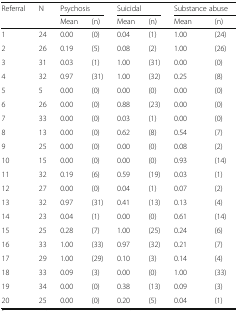
<table><thead><tr><td><b>Referral</b></td><td><b>N</b></td><td colspan="2"><b>Psychosis</b></td><td colspan="2"><b>Suicidal</b></td><td colspan="2"><b>Substance abuse</b></td></tr><tr><td></td><td></td><td><b>Mean</b></td><td><b>(n)</b></td><td><b>Mean</b></td><td><b>(n)</b></td><td><b>Mean</b></td><td><b>(n)</b></td></tr></thead><tbody><tr><td>1</td><td>24</td><td>0.00</td><td>(0)</td><td>0.04</td><td>(1)</td><td>1.00</td><td>(24)</td></tr><tr><td>2</td><td>26</td><td>0.19</td><td>(5)</td><td>0.08</td><td>(2)</td><td>1.00</td><td>(26)</td></tr><tr><td>3</td><td>31</td><td>0.03</td><td>(1)</td><td>1.00</td><td>(31)</td><td>0.00</td><td>(0)</td></tr><tr><td>4</td><td>32</td><td>0.97</td><td>(31)</td><td>1.00</td><td>(32)</td><td>0.25</td><td>(8)</td></tr><tr><td>5</td><td>5</td><td>0.00</td><td>(0)</td><td>0.00</td><td>(0)</td><td>0.00</td><td>(0)</td></tr><tr><td>6</td><td>26</td><td>0.00</td><td>(0)</td><td>0.88</td><td>(23)</td><td>0.00</td><td>(0)</td></tr><tr><td>7</td><td>33</td><td>0.00</td><td>(0)</td><td>0.03</td><td>(1)</td><td>0.00</td><td>(0)</td></tr><tr><td>8</td><td>13</td><td>0.00</td><td>(0)</td><td>0.62</td><td>(8)</td><td>0.54</td><td>(7)</td></tr><tr><td>9</td><td>25</td><td>0.00</td><td>(0)</td><td>0.00</td><td>(0)</td><td>0.08</td><td>(2)</td></tr><tr><td>10</td><td>15</td><td>0.00</td><td>(0)</td><td>0.00</td><td>(0)</td><td>0.93</td><td>(14)</td></tr><tr><td>11</td><td>32</td><td>0.19</td><td>(6)</td><td>0.59</td><td>(19)</td><td>0.03</td><td>(1)</td></tr><tr><td>12</td><td>27</td><td>0.00</td><td>(0)</td><td>0.04</td><td>(1)</td><td>0.07</td><td>(2)</td></tr><tr><td>13</td><td>32</td><td>0.97</td><td>(31)</td><td>0.41</td><td>(13)</td><td>0.13</td><td>(4)</td></tr><tr><td>14</td><td>23</td><td>0.04</td><td>(1)</td><td>0.00</td><td>(0)</td><td>0.61</td><td>(14)</td></tr><tr><td>15</td><td>25</td><td>0.28</td><td>(7)</td><td>1.00</td><td>(25)</td><td>0.24</td><td>(6)</td></tr><tr><td>16</td><td>33</td><td>1.00</td><td>(33)</td><td>0.97</td><td>(32)</td><td>0.21</td><td>(7)</td></tr><tr><td>17</td><td>29</td><td>1.00</td><td>(29)</td><td>0.10</td><td>(3)</td><td>0.14</td><td>(4)</td></tr><tr><td>18</td><td>33</td><td>0.09</td><td>(3)</td><td>0.00</td><td>(0)</td><td>1.00</td><td>(33)</td></tr><tr><td>19</td><td>34</td><td>0.00</td><td>(0)</td><td>0.38</td><td>(13)</td><td>0.09</td><td>(3)</td></tr><tr><td>20</td><td>25</td><td>0.00</td><td>(0)</td><td>0.20</td><td>(5)</td><td>0.04</td><td>(1)</td></tr></tbody></table>